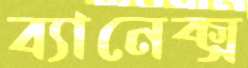
ব্যানেক্স